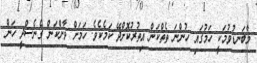
މާބަނޑުވުމަކީ ހަމުގައި ހުންނަ ތެތްކަން އިތުރުކޮށްދޭ ކަމެކެވެ. ހަމަށް ވާންކަން ގެނެސްދީ ހަން